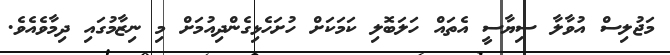
މަޖުލިސް އުވާލާ ސިޔާސީ އެތައް ހަލަބޮލި ކަމަކަށް ހުށަހެޅިގެންދިއުމަށް މި ނިޒާމުގައި ދިމާވެއެވެ.